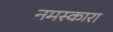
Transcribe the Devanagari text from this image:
नमस्कारा